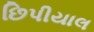
છિપીયાલ